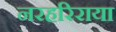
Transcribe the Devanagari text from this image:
नरहरिराया